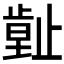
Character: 𣦙